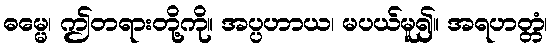
ဓမ္မေ၊ ဤတရားတို့ကို။ အပ္ပဟာယ၊ မပယ်မူ၍။ အရဟတ္တံ၊